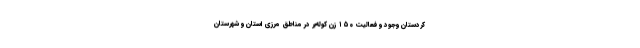
کردستان وجود و فعالیت ۱۵۰ زن کوله‌بر در مناطق مرزی استان و شهرستان